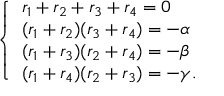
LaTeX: \left\{ { \begin{array} { l } { r _ { 1 } + r _ { 2 } + r _ { 3 } + r _ { 4 } = 0 } \\ { ( r _ { 1 } + r _ { 2 } ) ( r _ { 3 } + r _ { 4 } ) = - \alpha } \\ { ( r _ { 1 } + r _ { 3 } ) ( r _ { 2 } + r _ { 4 } ) = - \beta } \\ { ( r _ { 1 } + r _ { 4 } ) ( r _ { 2 } + r _ { 3 } ) = - \gamma { \mathrm { . } } } \end{array} } \right.